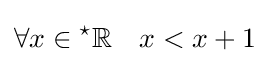
\forall x\in {}^{\star }\mathbb {R} \quad x<x+1